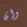
وان